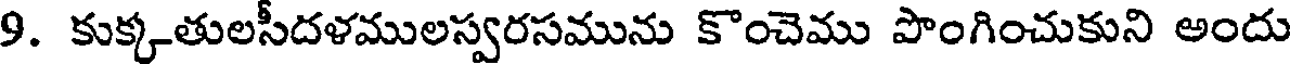
9. కుక్కతులసీదళములస్వరసమును కొంచెము పొంగించుకుని అందు